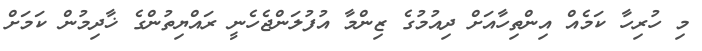
މި ހުރިހާ ކަމެއް އިންތިހާއަށް ދިއުމުގެ ޒިންމާ އުފުލަންޖެހެނީ ރައްޔިތުންގެ ޚާދިމުން ކަމަށް